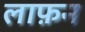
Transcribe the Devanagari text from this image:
लाफ़न